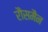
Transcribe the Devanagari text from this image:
रौसमैन